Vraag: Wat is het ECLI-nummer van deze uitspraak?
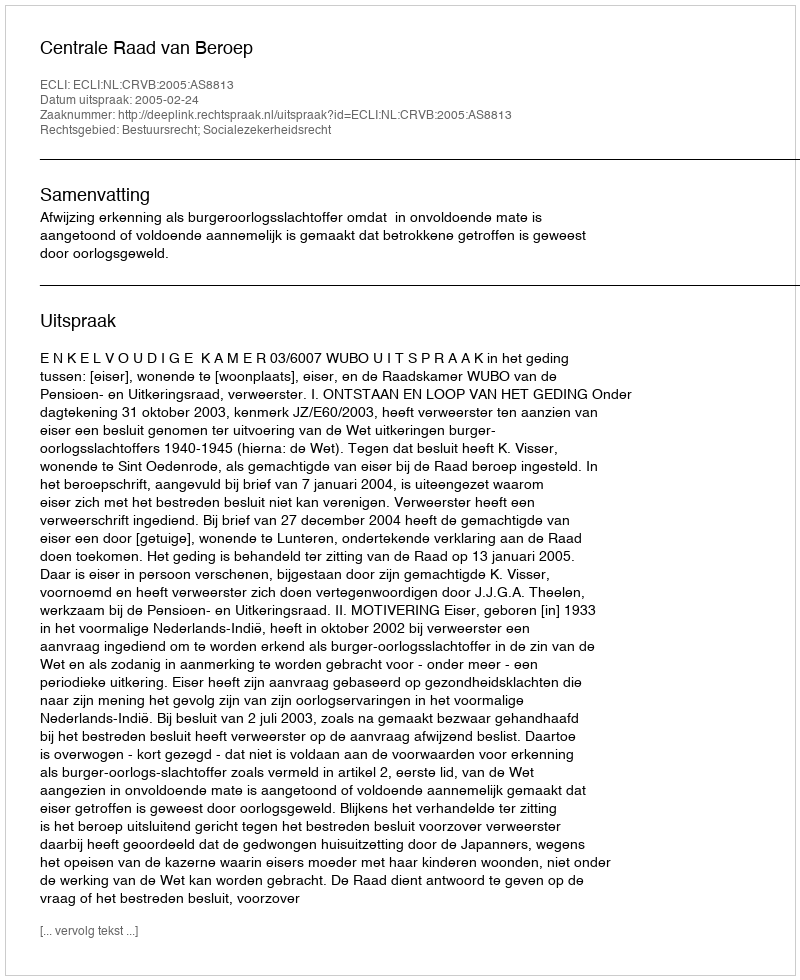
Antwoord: ECLI:NL:CRVB:2005:AS8813